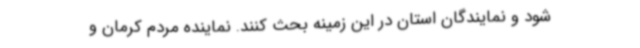
شود و نمایندگان استان در این زمینه بحث کنند. نماینده مردم کرمان و